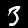
Digit: 3